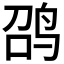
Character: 𲍲